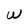
Character: W